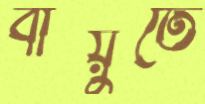
বায়ুতে